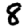
Digit: 8